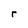
Character: r